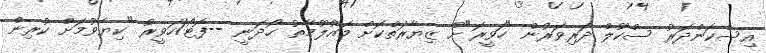
އިސްކަންދަރު ސްކޫލް ދަރިވަރުން "ހަވީރަ"ށް ޒިޔާރަތްކޮށް މައުލޫމާތު ހޯދަނީ --ފޮޓޯ/ހަވީރު "ކިޔެވުމަށް ކުރިން